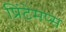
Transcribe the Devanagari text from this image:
प्रिंटेमप्स